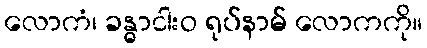
လောကံ၊ ခန္ဓာငါးဝ ရုပ်နာမ် လောကကို။